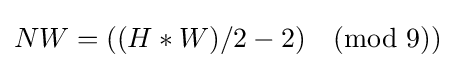
NW=((H*W)/2-2){\pmod {9}})